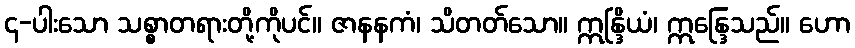
၄-ပါးသော သစ္စာတရားတို့ကိုပင်။ ဇာနနကံ၊ သိတတ်သော။ ဣန္ဒြိယံ၊ ဣန္ဒြေသည်။ ဟော